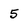
Character: 5